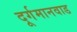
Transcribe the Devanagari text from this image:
दूर्गमानवाड